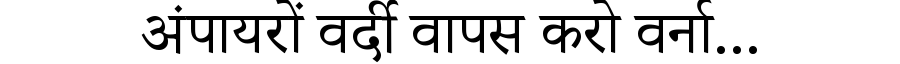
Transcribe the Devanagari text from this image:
अंपायरों वर्दी वापस करो वर्ना...